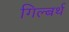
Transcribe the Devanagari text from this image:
गिल्बर्थ